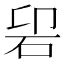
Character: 𱳲